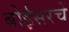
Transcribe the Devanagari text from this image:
बोईसरचे